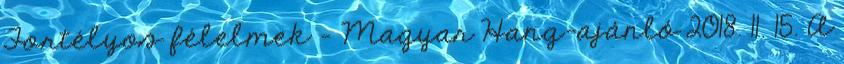
Fortélyos félelmek – Magyar Hang-ajánló 2018. 11. 15. A